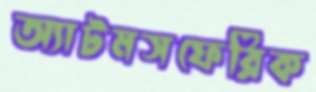
অ্যাটমসফেরিক